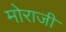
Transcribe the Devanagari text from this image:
मोराजी